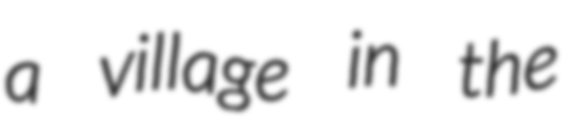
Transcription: a village in the